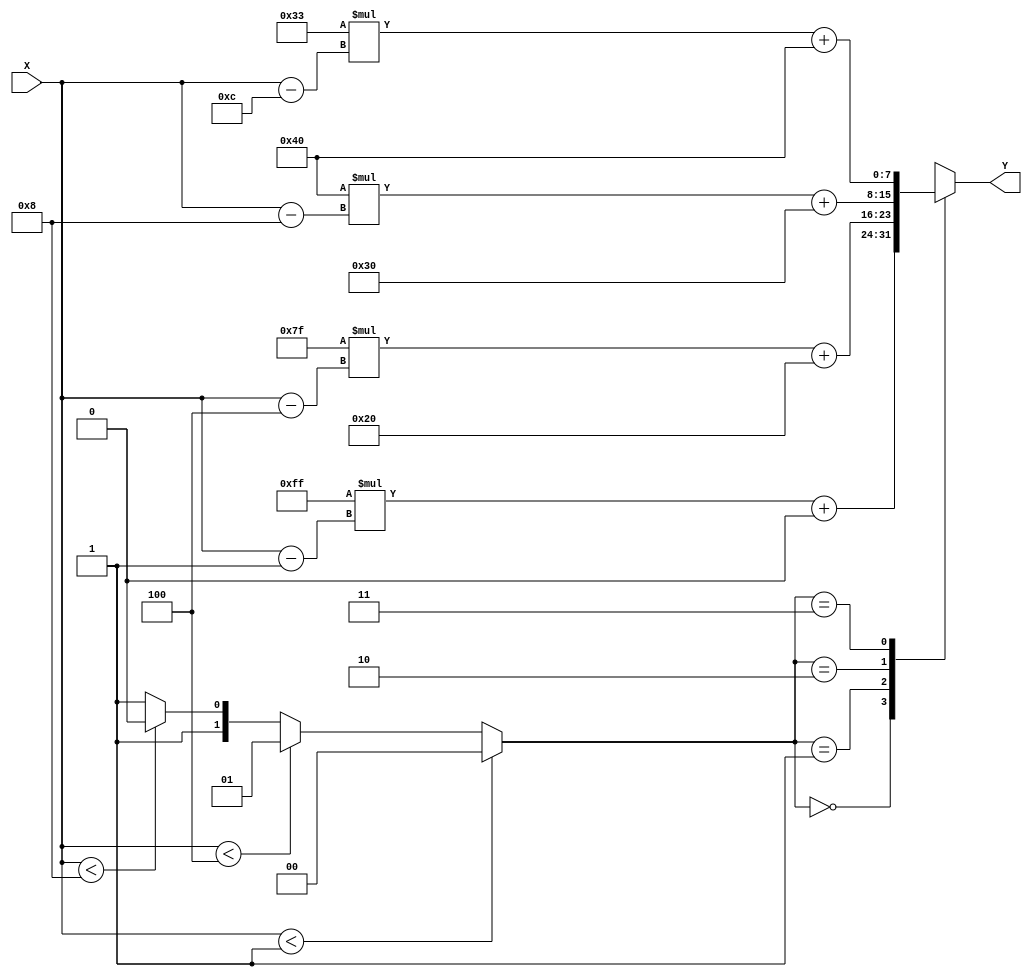
module pla_reciprocal #(
    parameter N = 4,                // Number of segments
    parameter WIDTH_X = 8,          // Width of input value (X)
    parameter WIDTH_Y = 8,          // Width of reciprocal value (Y)
    parameter [WIDTH_X-1:0] SEGMENT_0_LOWER = 8'h01, // Lower bound of segment 0
    parameter [WIDTH_X-1:0] SEGMENT_1_LOWER = 8'h04, // Lower bound of segment 1
    parameter [WIDTH_X-1:0] SEGMENT_2_LOWER = 8'h08, // Lower bound of segment 2
    parameter [WIDTH_X-1:0] SEGMENT_3_LOWER = 8'h0C, // Lower bound of segment 3
    parameter [WIDTH_Y-1:0] SLOPE_0 = 8'hFF,         // Slope of segment 0
    parameter [WIDTH_Y-1:0] SLOPE_1 = 8'h7F,         // Slope of segment 1
    parameter [WIDTH_Y-1:0] SLOPE_2 = 8'h40,         // Slope of segment 2
    parameter [WIDTH_Y-1:0] SLOPE_3 = 8'h33,         // Slope of segment 3
    parameter [WIDTH_Y-1:0] INTERCEPT_0 = 8'h00,     // Intercept of segment 0
    parameter [WIDTH_Y-1:0] INTERCEPT_1 = 8'h20,     // Intercept of segment 1
    parameter [WIDTH_Y-1:0] INTERCEPT_2 = 8'h30,     // Intercept of segment 2
    parameter [WIDTH_Y-1:0] INTERCEPT_3 = 8'h40      // Intercept of segment 3
)(
    input  wire [WIDTH_X-1:0] X,   // Input value
    output reg  [WIDTH_Y-1:0] Y    // Reciprocal value
);

reg [1:0] segment; // To hold the index of the segment

always @* begin
    // Determine which segment the input belongs to
    if (X < SEGMENT_0_LOWER) begin
        segment = 0;
    end else if (X < SEGMENT_1_LOWER) begin
        segment = 1;
    end else if (X < SEGMENT_2_LOWER) begin
        segment = 2;
    end else if (X < SEGMENT_3_LOWER) begin
        segment = 3;
    end else begin
        segment = N - 1; // Handle out of bounds
    end
    
    // Linear interpolation calculation
    case(segment)
        0: Y = (SLOPE_0 * (X - SEGMENT_0_LOWER) >> (WIDTH_X - WIDTH_Y)) + INTERCEPT_0;
        1: Y = (SLOPE_1 * (X - SEGMENT_1_LOWER) >> (WIDTH_X - WIDTH_Y)) + INTERCEPT_1;
        2: Y = (SLOPE_2 * (X - SEGMENT_2_LOWER) >> (WIDTH_X - WIDTH_Y)) + INTERCEPT_2;
        3: Y = (SLOPE_3 * (X - SEGMENT_3_LOWER) >> (WIDTH_X - WIDTH_Y)) + INTERCEPT_3;
        default: Y = 8'hFF; // Default case
    endcase
end

endmodule